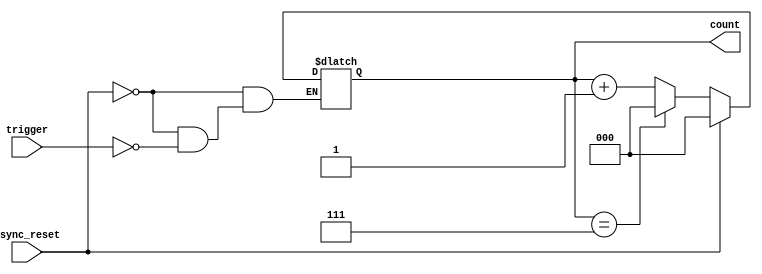
module mod_n_async_counter (
    input wire trigger,      // Trigger signal to increment the counter
    input wire async_reset,  // Asynchronous reset signal
    output reg [2:0] count   // 3-bit output for the counter (0 to 7)
);

// Asynchronous reset and counting logic
always @(*) begin
    if (async_reset) begin
        count = 3'b000; // Reset the counter to 0
    end else if (trigger) begin
        if (count == 3'b111) begin
            count = 3'b000; // Reset to 0 when reaching 7
        end else begin
            count = count + 1; // Increment the counter
        end
    end
end

endmodule